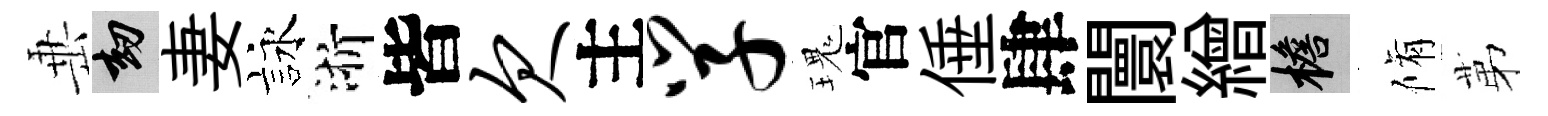
𡸁劫妻詠浙皆欠主学瑰官倕肆闤繒檐脩苐